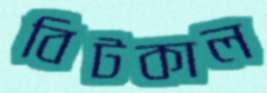
বিটকাল